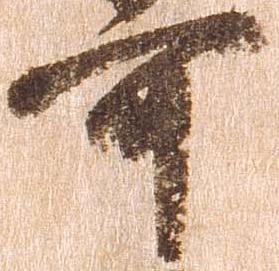
可